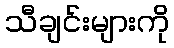
သီချင်းများကို